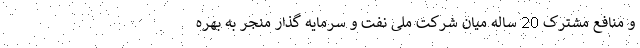
و منافع مشترک 20 ساله میان شرکت ملی نفت و سرمایه گذار منجر به بهره